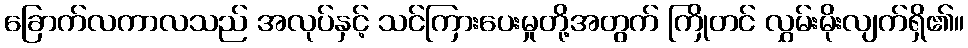
ခြောက်လကာလသည် အလုပ်နှင့် သင်ကြားပေးမှုတို့အတွက် ကြိုတင် လွှမ်းမိုးလျက်ရှိ၏။